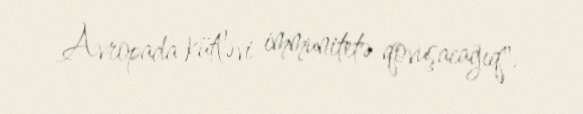
Avropada kütləvi immunitetə qovuşacağıq".